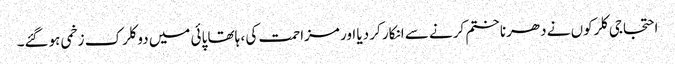
احتجاجی کلرکوں نے دھرنا ختم کرنے سے انکار کر دیا اور مزاحمت کی ، ہاتھا پائی میں دو کلرک زخمی ہوگئے۔